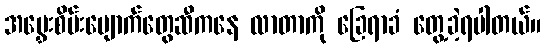
အမွှေးစိမ်းမျောက်တွေဆီကနေ လာတာကို ခြေရာခံ တွေ့ခဲ့ရပါတယ်။